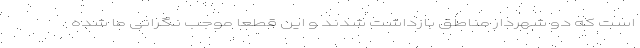
است که دو شهردار مناطق بازداشت شدند و این قطعا موجب نگرانی ما شده